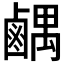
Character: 𫜉